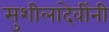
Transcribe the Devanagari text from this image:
सुशीलादेवींनी